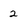
Character: 2